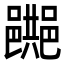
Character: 𨞔